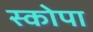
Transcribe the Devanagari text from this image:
स्कोपा